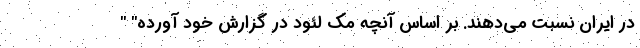
در ایران نسبت می‌دهند. بر اساس آنچه مک ‌لئود در گزارش خود آورده" "